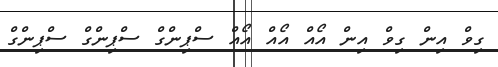
ގިވް އިން ގިވް އިން އޯއް އޯއް އޯއް ސްޕިންގް ސްޕިންގް ސްޕިންގް